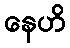
နေဟိ